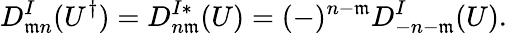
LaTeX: D_{\mathfrak{m}n}^{I}(U^{\dagger})=D_{n\mathfrak{m}}^{I*}(U)=(-)^{n-\mathfrak{m}}D_{-n-\mathfrak{m}}^{I}(U).